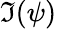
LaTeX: \Im(\psi)